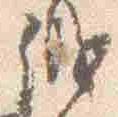
織